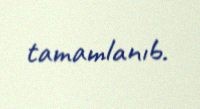
tamamlanıb.